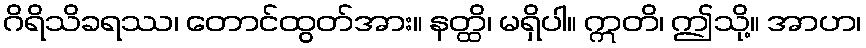
ဂိရိသိခရဿ၊ တောင်ထွတ်အား။ နတ္ထိ၊ မရှိပါ။ ဣတိ၊ ဤသို့။ အာဟ၊